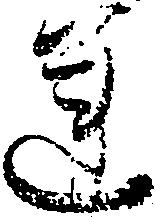
蓮